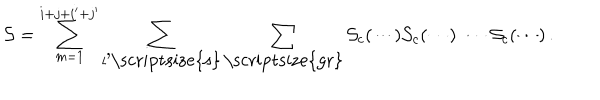
LaTeX: { \cal S } = \sum _ { m = 1 } ^ { i + j + i ^ { \prime } + j ^ { \prime } } \sum _ { l \mathrm { ' \scriptsize { s } } } \sum _ { \mathrm { \scriptsize { g r } } } { \cal S } _ { c } ( \cdots ) { \cal S } _ { c } ( \cdots ) \, \cdots \, { \cal S } _ { c } ( \cdots ) \, .